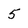
Character: 5